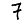
Digit: 7